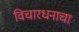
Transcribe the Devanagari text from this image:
विचारधनाचा